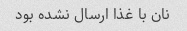
نان با غذا ارسال نشده بود